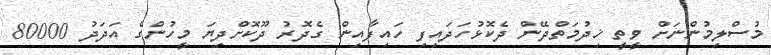
މުސްލިމުންނަށް ވީތީ ޚިދުމަތްދޭން ދެކޮޅުހަދައިފި ހައިފާއިން ގެދޮރު ދޫކޮށްދިޔަ މީހުންގެ އަދަދު 80000